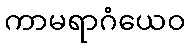
ကာမရာဂံယေဝ